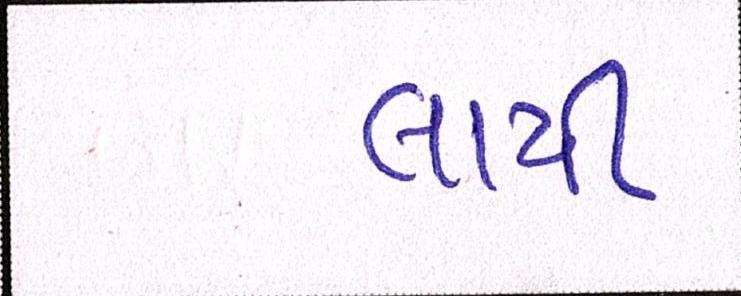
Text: લાયી